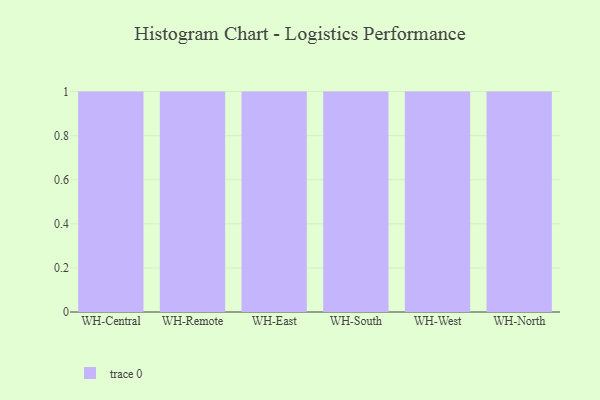
{"axis": {"x": "Warehouse", "y": "Waste Production (Tons)"}, "legend": [""], "data": [{"x": "WH-Central", "y": 92, "type": ""}, {"x": "WH-Remote", "y": 48, "type": ""}, {"x": "WH-East", "y": 79, "type": ""}, {"x": "WH-South", "y": 23, "type": ""}, {"x": "WH-West", "y": 18, "type": ""}, {"x": "WH-North", "y": 69, "type": ""}]}